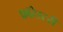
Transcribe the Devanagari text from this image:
फ़ॉरेस्टरी